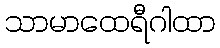
သာမာထေရီဂါထာ